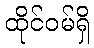
ထိုင်ဝမ်ရှိ